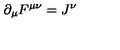
\partial _ { \mu } F ^ { \mu \nu } = J ^ { \nu }